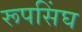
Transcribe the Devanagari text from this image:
रूपसिंघ